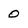
Character: 0